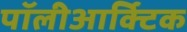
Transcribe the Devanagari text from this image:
पॉलीआर्क्टिक